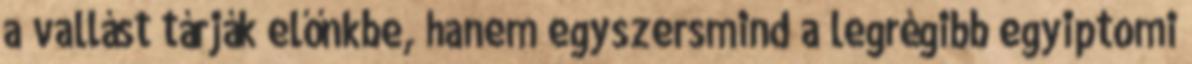
a vallást tárják előnkbe, hanem egyszersmind a legrégibb egyiptomi